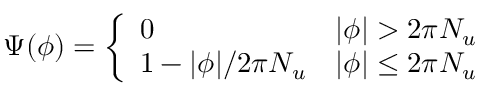
\begin{array} { r } { \Psi ( \phi ) = \left\{ \begin{array} { l l } { 0 } & { | \phi | > 2 \pi N _ { u } } \\ { 1 - | \phi | / 2 \pi N _ { u } } & { | \phi | \le 2 \pi N _ { u } } \end{array} \right. } \end{array}